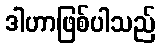
ဒါဟာဖြစ်ပါသည်